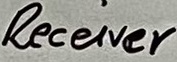
Text: LF351